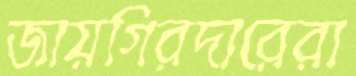
জায়গিরদারেরা